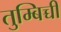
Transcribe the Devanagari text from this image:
तुम्बिच्ची